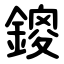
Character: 鎫